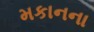
મકાનના